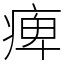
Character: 痺